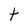
Character: t